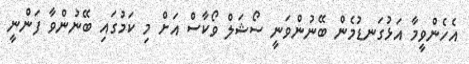
އެހެންވީމާ އަޅުގަނޑުމެން ބޭނުންވަނީ ސޯޝަލް ވޯކާސް އަށް މި ކަމުގައި ބޭނުންވާ ފަންނީ